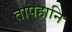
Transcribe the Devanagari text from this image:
तापहानि